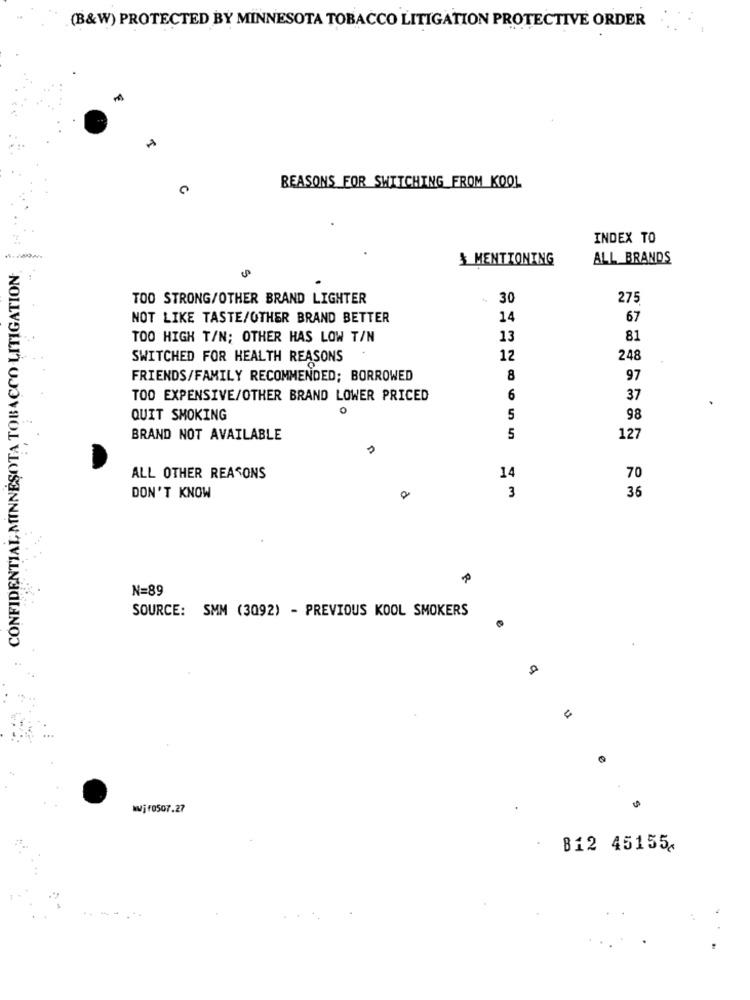
(B&W) PROTECTED BY MINNESOTA TOBACCO LITIGATION PROTECTIVE ORDER
REASONS FOR SWITCHING FROM KOOL
INDEX TO
CONFIDENTIAL MINNESOTA TOBACCO LITIGATION.
& MENTIONING
ALL BRANDS
TOO STRONG/OTHER BRAND LIGHTER
30
275
NOT LIKE TASTE/OTHER BRAND BETTER
14
67
TOO HIGH T/N; OTHER HAS LOW T/N
13
81
SWITCHED FOR HEALTH REASONS
12
248
FRIENDS/FAMILY RECOMMENDED; BORROWED
8
97
TOO EXPENSIVE/OTHER BRAND LOWER PRICED
6
37
0
QUIT SMOKING
5
98
BRAND NOT AVAILABLE
5
127
ALL OTHER REASONS
14
70
3
36
DON'T KNOW
N=89
SOURCE: SMM (3092) - PREVIOUS KOOL SMOKERS
WWjf0507.27
812 45155